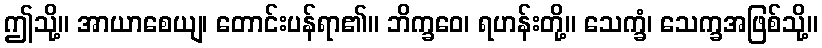
ဤသို့။ အာယာစေယျ၊ တောင်းပန်ရာ၏။ ဘိက္ခဝေ၊ ရဟန်းတို့။ သေက္ခံ၊ သေက္ခအဖြစ်သို့။